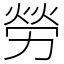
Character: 勞